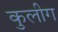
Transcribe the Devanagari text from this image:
कुलीग